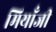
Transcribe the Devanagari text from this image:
मियाँजी